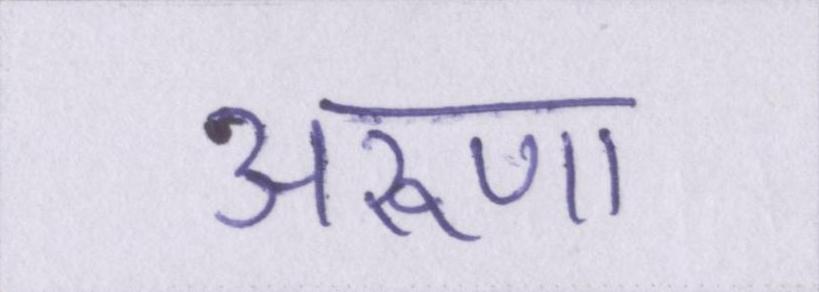
अरूणा